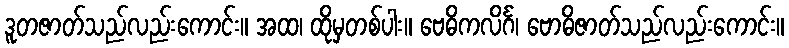
ဒူတဇာတ်သည်လည်းကောင်း။ အထ၊ ထိုမှတစ်ပါး။ ဗေဓိကလိင်္ဂ၊ ဗောဓိဇာတ်သည်လည်းကောင်း။